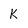
Character: k